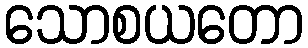
သောစယတော